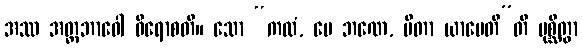
အဿ အတ္တဘာဝေါ ဝိရောစတိ။ သော “ကထံ, မေ ဘဏေ, ပိတာ ယာပေတီ”တိ ပုစ္ဆိတွာ